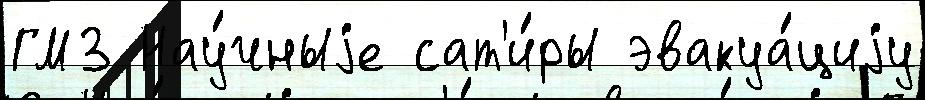
ГМЗ Нау́чныjе сат'и́ры эвакуа́циjу